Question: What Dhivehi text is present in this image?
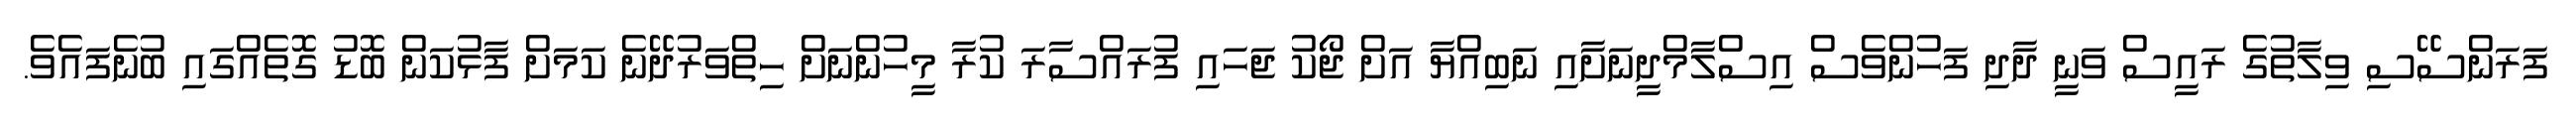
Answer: ފަރަންސޭސި ވިލާތުގެ ރައީސް ވަނީ ދާދި ފަހުންވެސް އިސްލާމްދީނަށާއި ނަބިއްޔާ އަށް ޖޯކު ޖަހައި ފުރައްސާރަ ކުރާ މީހުންނަށް ހިތްވަރުދޭނެ ކަމަށް ފާޅުކަން ބޮޑު ގޮތެއްގައި ބުނެފައެވެ.